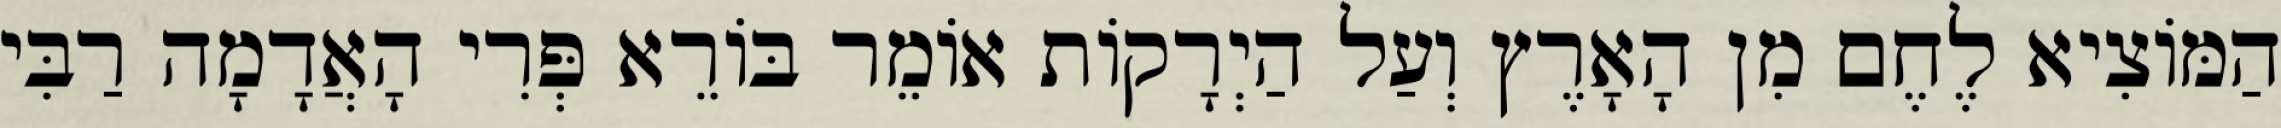
הַמּוֹצִיא לֶחֶם מִן הָאָרֶץ וְעַל הַיְרָקוֹת אוֹמֵר בּוֹרֵא פְּרִי הָאֲדָמָה רַבִּי